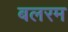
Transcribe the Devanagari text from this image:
बलरम